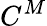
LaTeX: C^{M}